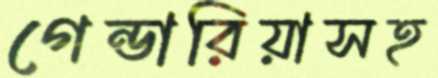
গেন্ডারিয়াসহ